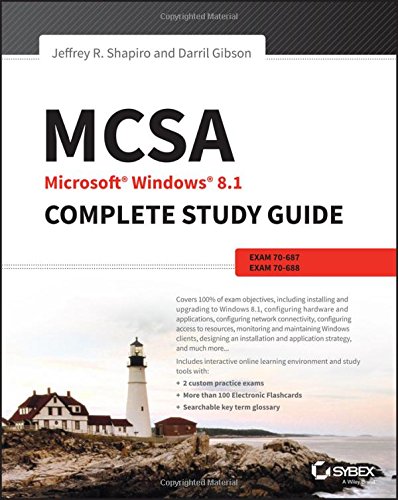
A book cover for MCSA Microsoft Windows 8.1 Complete Study Guide: Exams 70-687, 70-688, and 70-689; Jeffrey R. Shapiro; Computers & Technology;